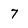
Character: 7